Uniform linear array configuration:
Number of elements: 8
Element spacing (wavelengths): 1
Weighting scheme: hann
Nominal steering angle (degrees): -30
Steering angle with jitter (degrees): -30.469
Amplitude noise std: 0.05
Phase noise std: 0.05

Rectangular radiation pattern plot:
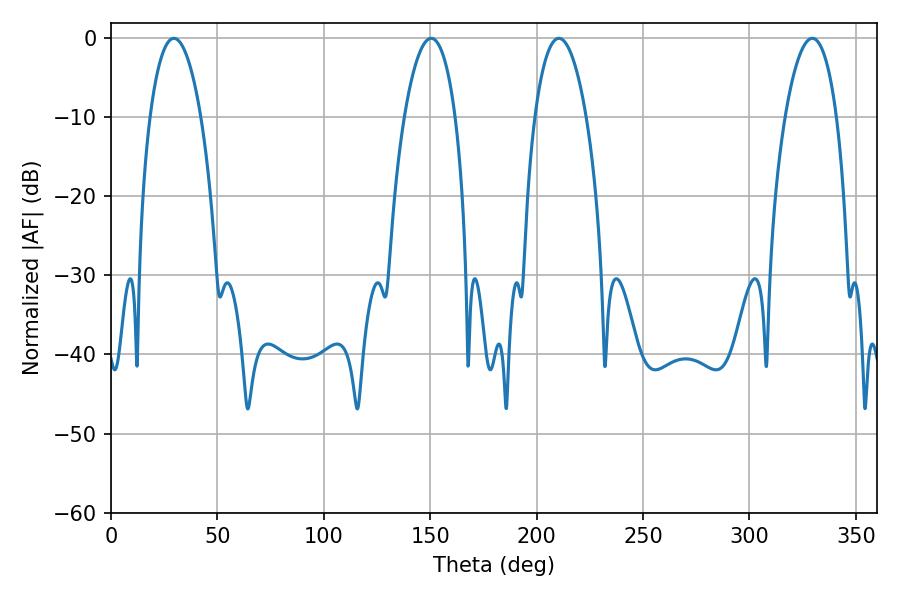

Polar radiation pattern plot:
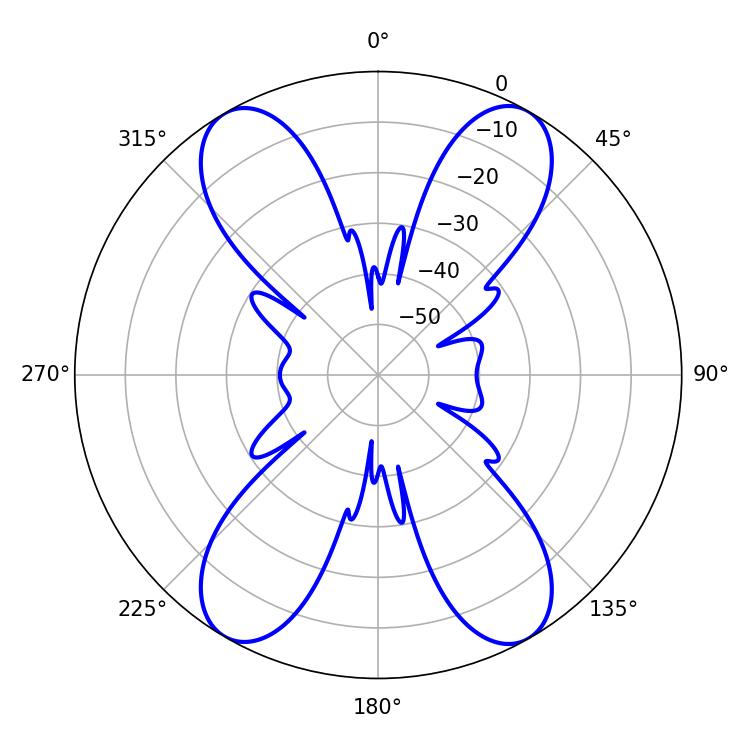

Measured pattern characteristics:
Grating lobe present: TRUE
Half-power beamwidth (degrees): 13.5
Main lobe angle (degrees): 29.52